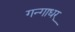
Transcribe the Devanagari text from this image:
गन्गाधर्